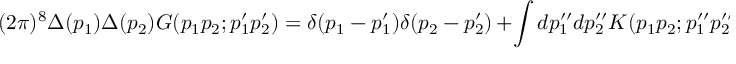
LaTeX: ( 2 \pi ) ^ { 8 } \Delta ( p _ { 1 } ) \Delta ( p _ { 2 } ) G ( p _ { 1 } p _ { 2 } ; p _ { 1 } ^ { \prime } p _ { 2 } ^ { \prime } ) = { \delta ( p _ { 1 } - p _ { 1 } ^ { \prime } ) \delta ( p _ { 2 } - p _ { 2 } ^ { \prime } ) } \, \nonumber + \int d p _ { 1 } ^ { \prime \prime } d p _ { 2 } ^ { \prime \prime } K ( p _ { 1 } p _ { 2 } ; p _ { 1 } ^ { \prime \prime } p _ { 2 } ^ { \prime \prime } ) G ( p _ { 1 } ^ { \prime \prime } p _ { 2 } ^ { \prime \prime } ; p _ { 1 } ^ { \prime } p _ { 2 } ^ { \prime } )